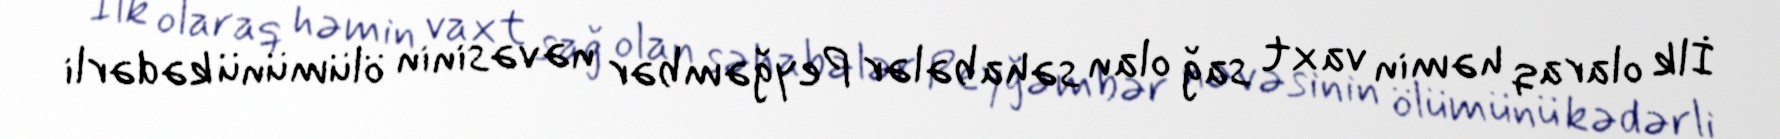
İlk olaraq həmin vaxt sağ olan səhabələr Peyğəmbər nəvəsinin ölümünü kədərli